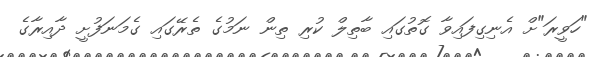
"ހަވީރަ"ށް އެނިގިފައިވާ ގޮތުގައި ބާތިލް ކުރި ތިން ނަމުގެ ތެރޭގައި ގެމަނަފުށީ ދާއިރާގެ